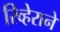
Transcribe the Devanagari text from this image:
रिव्हेराने